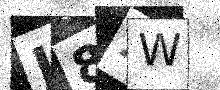
Text: J8XW